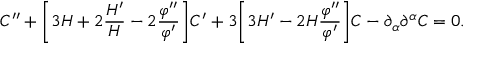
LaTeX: C ^ { \prime \prime } + \biggl [ 3 { \cal H } + 2 \frac { { \cal H } ^ { \prime } } { \cal H } - 2 \frac { \varphi ^ { \prime \prime } } { \varphi ^ { \prime } } \biggr ] C ^ { \prime } + 3 \biggl [ 3 { \cal H } ^ { \prime } - 2 { \cal H } \frac { \varphi ^ { \prime \prime } } { \varphi ^ { \prime } } \biggr ] C - \partial _ { \alpha } \partial ^ { \alpha } C = 0 .